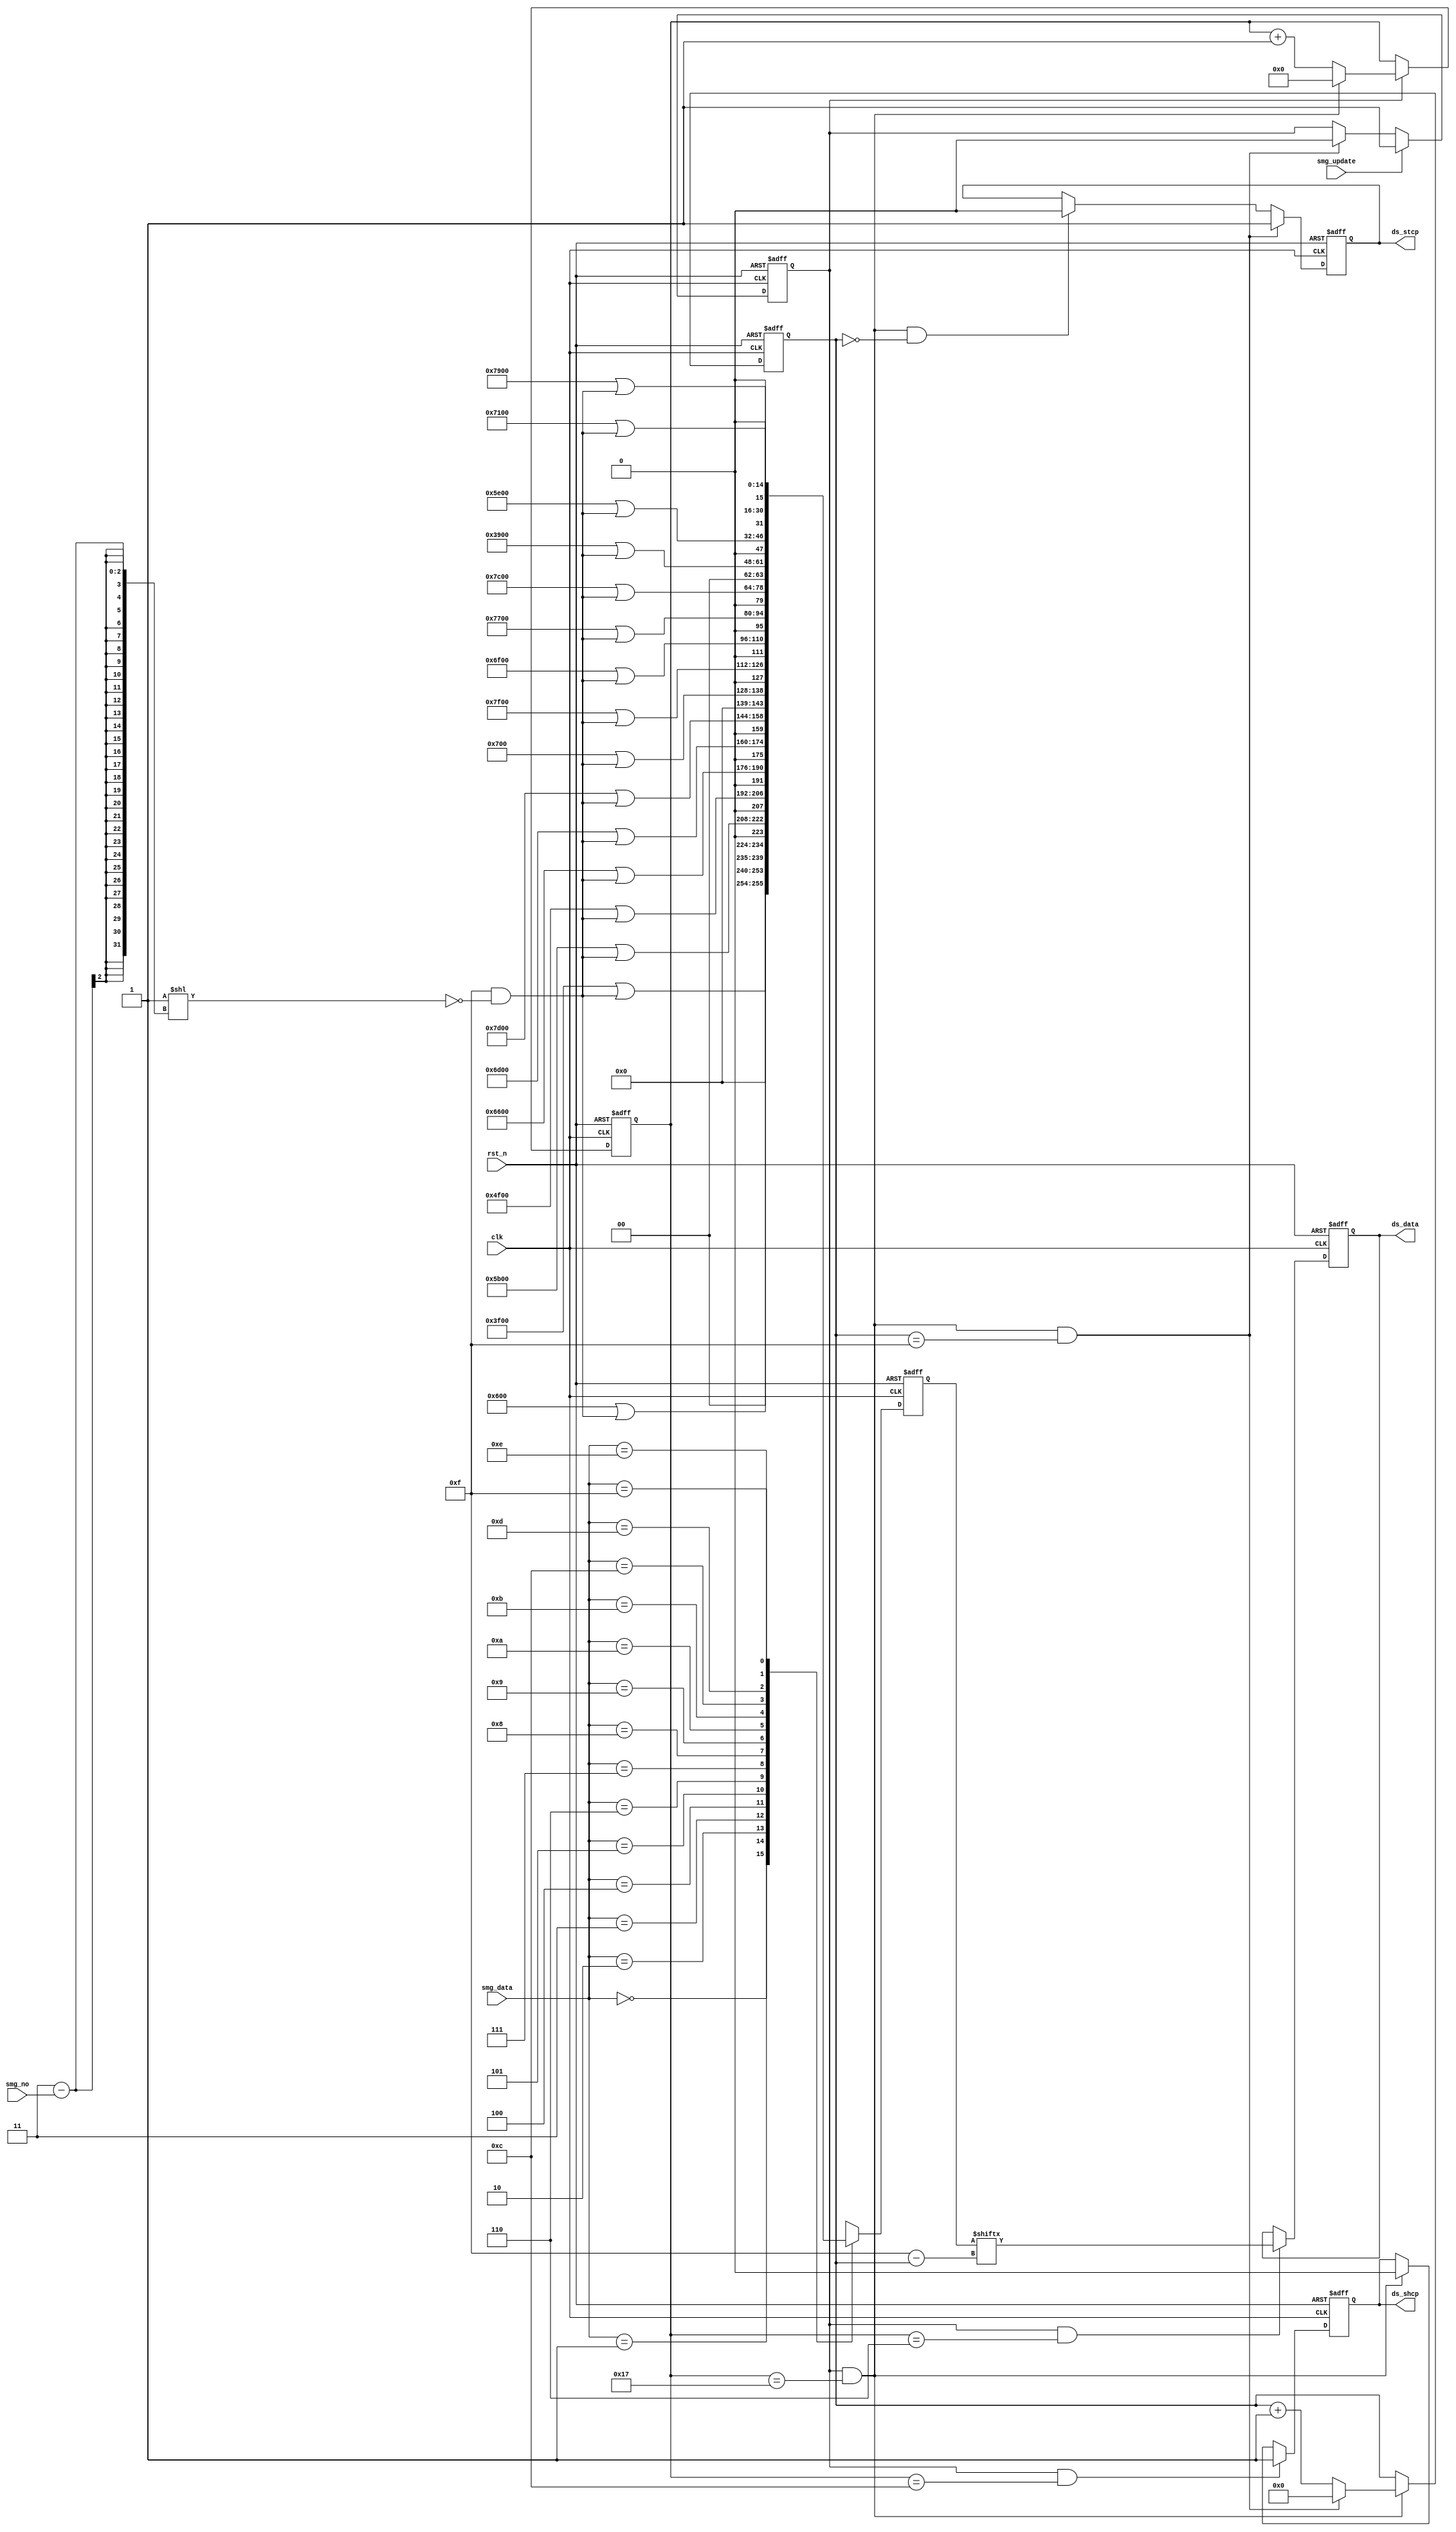
module smg_interface(
    input clk,
    input rst_n,
	input [1:0] smg_no,
	input [3:0] smg_data,
    input smg_update,
	output reg ds_data,
	output reg ds_shcp,
	output reg ds_stcp
);

parameter clk_cnt = 24;

reg [15:0] shift_data;


reg [14:0]  cnt0;
wire add_cnt0;
wire end_cnt0;
reg         flag_add;

reg [5:0]   cnt1;
wire add_cnt1;
wire end_cnt1;

wire [3:0] smg_select;

always  @(posedge clk or negedge rst_n)begin
    if(rst_n==1'b0)begin
    end
    else begin
    end
end

assign smg_select = (4'hf & (~(1 << (3 - smg_no))));

always  @(posedge clk or negedge rst_n)begin
    if(rst_n == 1'b0)begin
        shift_data <= 0;
    end
    else begin
		case (smg_data)
			4'h0: shift_data <= (7'h3f<<8) | smg_select;
			4'h1: shift_data <= (7'h06<<8) | smg_select;
			4'h2: shift_data <= (7'h5b<<8) | smg_select;
			4'h3: shift_data <= (7'h4f<<8) | smg_select;
			4'h4: shift_data <= (7'h66<<8) | smg_select;
			4'h5: shift_data <= (7'h6d<<8) | smg_select;
			4'h6: shift_data <= (7'h7d<<8) | smg_select;
			4'h7: shift_data <= (7'h07<<8) | smg_select;
			4'h8: shift_data <= (7'h7f<<8) | smg_select;
			4'h9: shift_data <= (7'h6f<<8) | smg_select;
			4'ha: shift_data <= (7'h77<<8) | smg_select;
			4'hb: shift_data <= (7'h7c<<8) | smg_select;
			4'hc: shift_data <= (7'h39<<8) | smg_select;
			4'hd: shift_data <= (7'h5e<<8) | smg_select;
			4'he: shift_data <= (7'h79<<8) | smg_select;
			4'hf: shift_data <= (7'h71<<8) | smg_select;
			default:;
		endcase
    end
end

always @(posedge clk or negedge rst_n)begin
    if(!rst_n)begin
        cnt0 <= 0;
    end
    else if(add_cnt0)begin
        if(end_cnt0)
            cnt0 <= 0;
        else
            cnt0 <= cnt0 + 1;
    end
end

assign add_cnt0 = (flag_add == 1);
assign end_cnt0 = add_cnt0 && cnt0== (clk_cnt - 1);

always @(posedge clk or negedge rst_n)begin 
    if(!rst_n)begin
        cnt1 <= 0;
    end
    else if(add_cnt1)begin
        if(end_cnt1)
            cnt1 <= 0;
        else
            cnt1 <= cnt1 + 1;
    end
end

assign add_cnt1 = end_cnt0;
assign end_cnt1 = add_cnt1 && cnt1== (16 - 1);

always  @(posedge clk or negedge rst_n)begin
    if(rst_n==1'b0)begin
        flag_add <= 0;
    end
    else if(smg_update == 1)begin
        flag_add <= 1;
    end
    else if(end_cnt1)begin
        flag_add <= 0;
    end
end

always  @(posedge clk or negedge rst_n)begin
    if(rst_n==1'b0)begin
        ds_shcp <= 1'b0;
    end
    else if(add_cnt0 && cnt0 == (clk_cnt/2))begin
        ds_shcp <=  1'b1;
    end
    else if(end_cnt0)begin
        ds_shcp <= 1'b0;   
    end
end

always  @(posedge clk or negedge rst_n)begin
    if(rst_n==1'b0)begin
        ds_data <= 0;
    end
    else if(add_cnt0 && cnt0 == (clk_cnt/4))begin
        ds_data <= shift_data[15 - cnt1];
    end
end

always  @(posedge clk or negedge rst_n)begin
    if(rst_n==1'b0)begin
        ds_stcp <= 0;
    end
    else if(end_cnt1)begin
        ds_stcp <= 1;
    end
    else if(end_cnt0 && cnt1 == (1 - 1))begin
        ds_stcp <= 0;
    end
end

endmodule